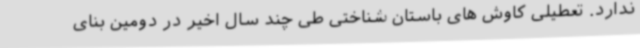
ندارد. تعطیلی کاوش های باستان شناختی طی چند سال اخیر در دومین بنای